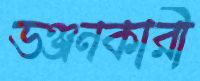
ভঞ্জনকারী